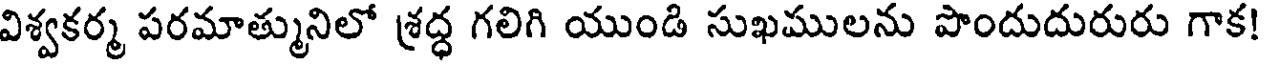
విశ్వకర్మ పరమాత్మునిలో శ్రద్ధ గలిగి యుండి సుఖములను పొందుదురురు గాక!